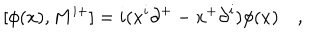
[ \phi ( x ) , M ^ { i + } ] = i ( x ^ { i } { \partial } ^ { + } - x ^ { + } { \partial } ^ { i } ) \phi ( x ) \quad ,